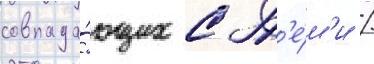
совпада́ющих с т'е́м'и /